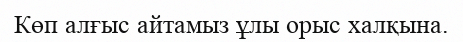
Көп алғыс айтамыз ұлы орыс халқына.